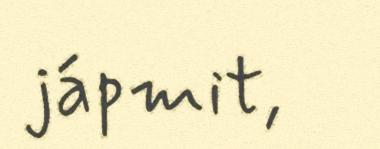
jápmit,